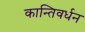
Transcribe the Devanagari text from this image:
कान्तिवर्धन